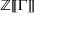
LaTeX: \mathbb { Z } [ \! [ \Gamma ] \! ]